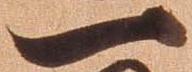
一